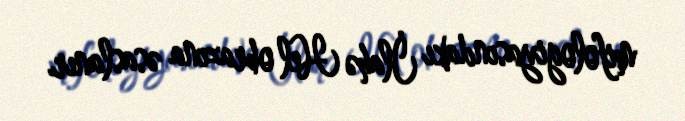
mifologiyasındakı İlahə Hel obrazına əsaslanır.